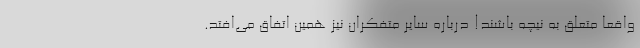
واقعا متعلق به نیچه باشند! درباره سایر متفکران نیز همین اتفاق می‌افتد.